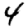
Digit: 4